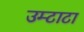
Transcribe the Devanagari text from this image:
उम्टाटा